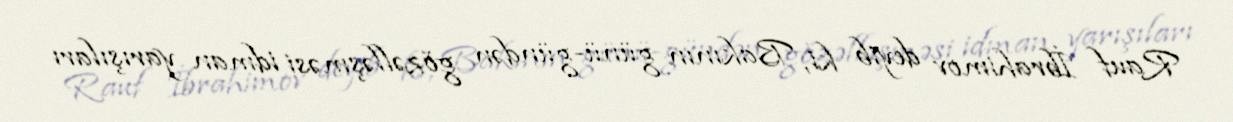
Rauf İbrahimov deyib ki, Bakının günü-gündən gözəlləşməsi idman yarışıları